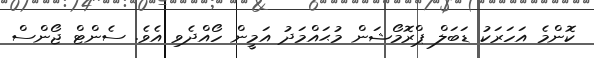
ކޮންމެ އަހަރަކު ޑަބަލް ޕްރޮމޯޝަން މުޙައްމަދު އަމީން ހޯއްދެވި އެވެ. ސެންޓް ޖޯންސް